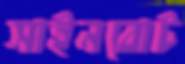
সাইনবোট